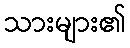
သားများ၏